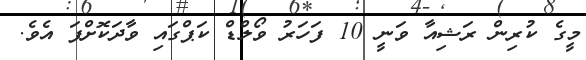
މީގެ ކުރިން ރަޝިއާ ވަނީ 10 ފަހަރު ވޯލްޑް ކަޕްގައި ވާދަކޮށްފަ އެވެ.